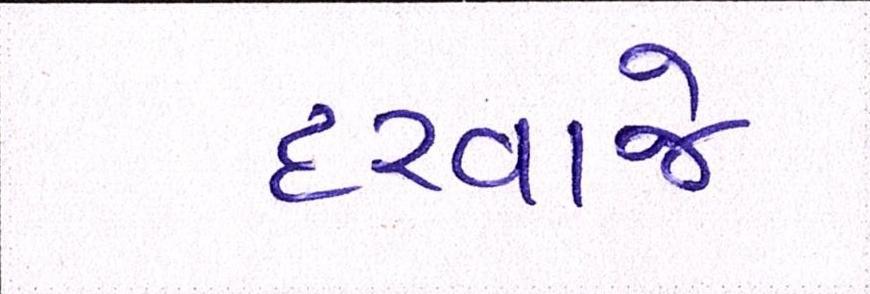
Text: દરવાજે